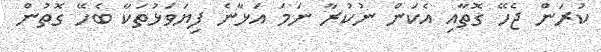
ކުރަން ޖެހޭ ގޮތާއި އެކަން ނުކުރާ ނަމަ އަޅާނެ ފިޔަވަޅުތަކާ ބެހޭ ގޮތުން